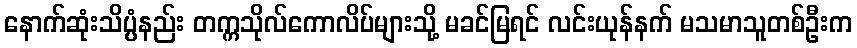
နောက်ဆုံးသိပ္ပံနည်း တက္ကသိုလ်ကောလိပ်များသို့ မခင်မြရင် လင်းယုန်နက် မသမာသူတစ်ဦးက